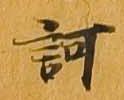
訶